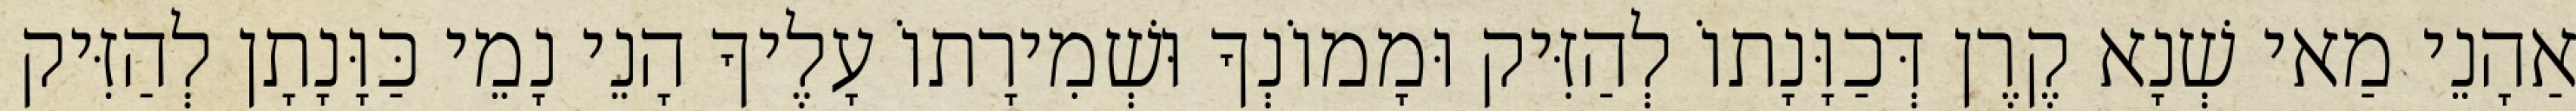
אַהָנֵי מַאי שְׁנָא קֶרֶן דְּכַוָּנָתוֹ לְהַזִּיק וּמָמוֹנְךָ וּשְׁמִירָתוֹ עָלֶיךָ הָנֵי נָמֵי כַּוָּנָתָן לְהַזִּיק